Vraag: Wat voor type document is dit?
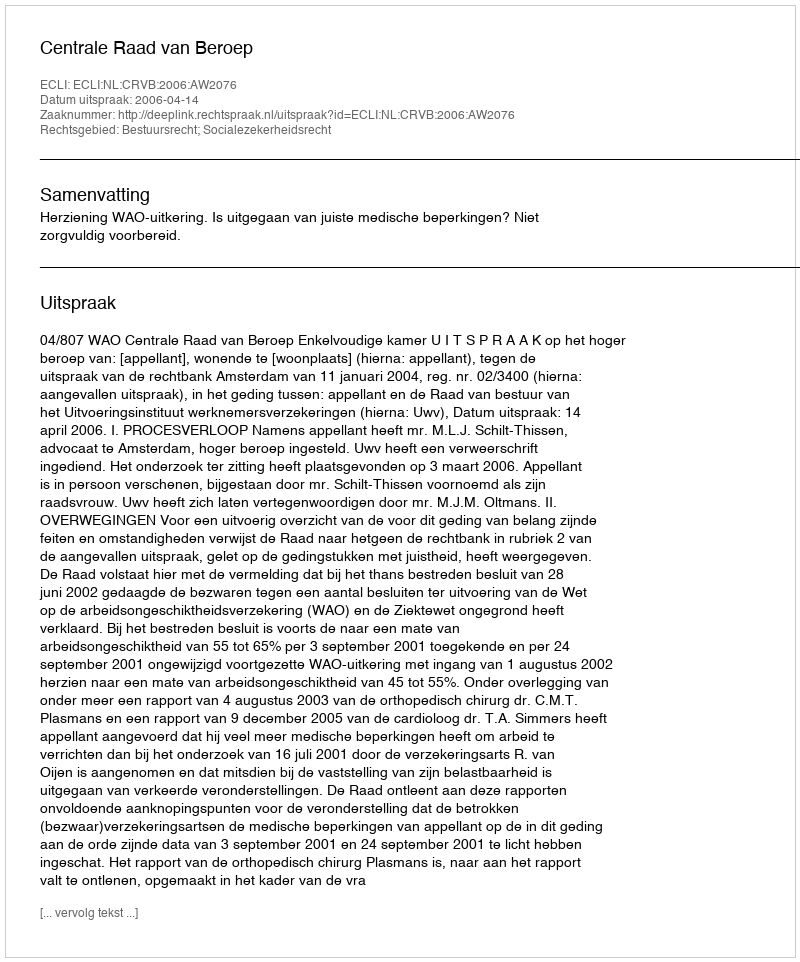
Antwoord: Uitspraak